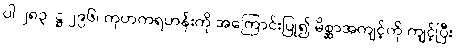
ပါ-၂၈၃၊ ဋ္ဌ-၂၉၆၊ ကုဟကရဟန်းကို အကြောင်းပြု၍ မိစ္ဆာအကျင့်ကို ကျင့်ပြီး